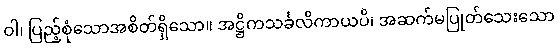
ဝါ၊ ပြည့်စုံသောအစိတ်ရှိသော။ အဋ္ဌိကသင်္ခလိကာယပိ၊ အဆက်မပြုတ်သေးသော